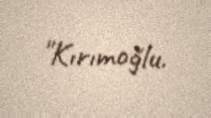
"Kırımoğlu.